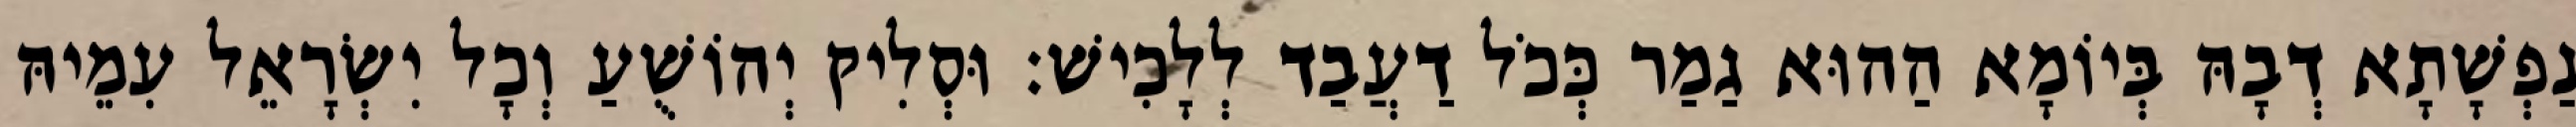
נַפְשָׁתָא דְבָהּ בְּיוֹמָא הַהוּא גַמַר כְּכֹל דַעֲבַד לְלָכִישׁ׃ וּסְלִיק יְהוֹשֻׁעַ וְכָל יִשְׂרָאֵל עִמֵיהּ